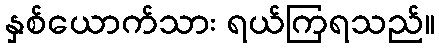
နှစ်ယောက်သား ရယ်ကြရသည်။